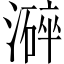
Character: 𱩌